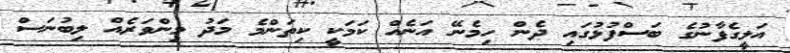
އަލީގެފާނުގެ ބަސްފުޅުގައި ދެން ހިމެނޭ އަނެއް ކަމަކީ ކިތަންމެ މަދު މިންވަރެއް ލިބުނަސް